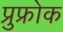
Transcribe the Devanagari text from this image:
प्रुफ्रोक